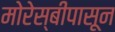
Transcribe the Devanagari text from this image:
मोरेस्बीपासून